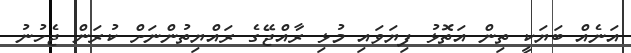
އަނެއް ބަޔަކީ ތިން އަތޮޅު ފިޔަވައި މުޅި ރާއްޖޭގެ ރައްޔިތުންނަށް ކުރަން ޖެހުނު